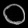
Digit: ၀